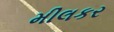
મીલકર